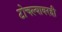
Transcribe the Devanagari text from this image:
टोचल्यावरही